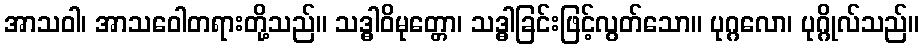
အာသဝါ၊ အာသဝေါတရားတို့သည်။ သဒ္ဓါဝိမုတ္တော၊ သဒ္ဓါခြင်းဖြင့်လွတ်သော။ ပုဂ္ဂလော၊ ပုဂ္ဂိုလ်သည်။